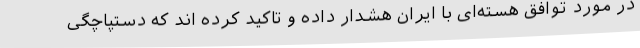
در مورد توافق هسته‌ای با ایران هشدار داده و تاکید کرده اند که دستپاچگی